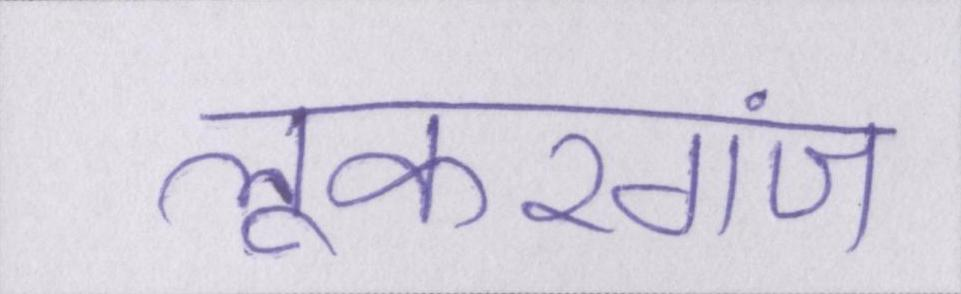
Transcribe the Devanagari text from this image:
लूकरगंज